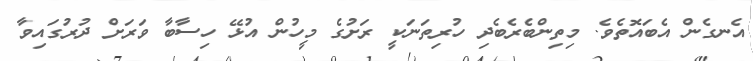
އެނގެން އެބައޮތެވެ. މިތިންބެރެބެދި ހުރިތަނަކީ ރަށުގެ މީހުން އުޅޭ ހިސާބާ ވަރަށް ދުރުގައިވާ